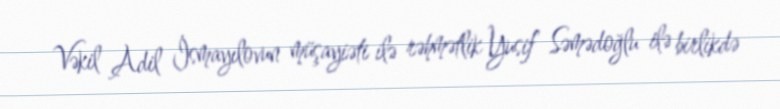
Vəkil Adil İsmayılovun müşayiəti ilə rəhmətlik Yusif Səmədoğlu ilə birlikdə